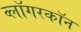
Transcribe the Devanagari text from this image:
व्लॉगरकॉन